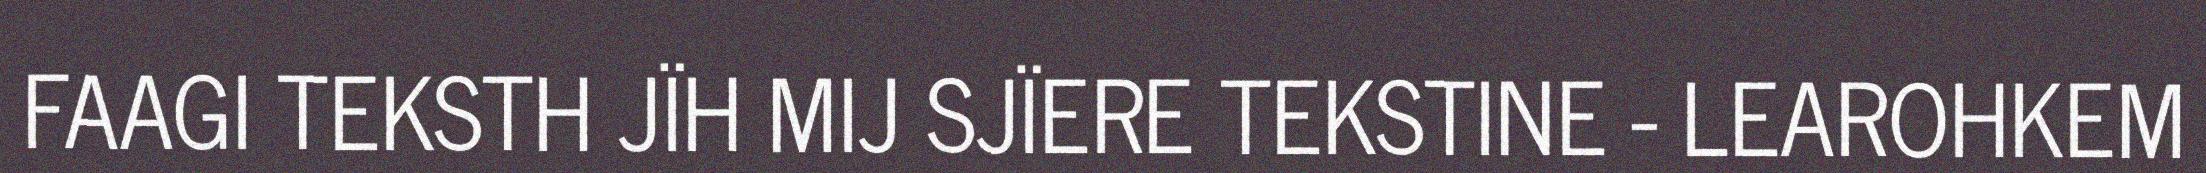
FAAGI TEKSTH JÏH MIJ SJÏERE TEKSTINE - LEAROHKEM